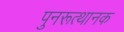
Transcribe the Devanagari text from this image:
पुनरूत्थानक